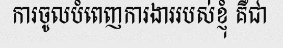
ការចូលបំពេញការងាររបស់ខ្ញុំ គឺជា